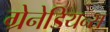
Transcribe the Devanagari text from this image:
ग्रेनेडियन्स